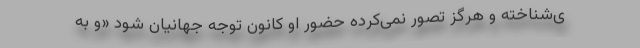
ی‌شناخته و هرگز تصور نمی‌کرده حضور او کانون توجه جهانیان شود «و به